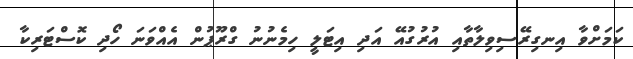
ކަމަށްވާ އިނގިރޭސިވިލާތާއި އުރުގުއޭ އަދި އިޓަލީ ހިމެނުނު ގްރޫޕުން އެއްވަނަ ހޯދި ކޮސްޓަރިކާ